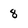
Character: 8